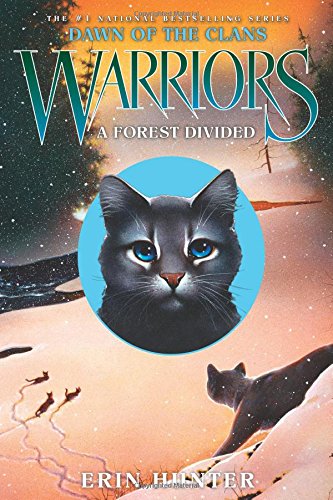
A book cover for Warriors: Dawn of the Clans #5: A Forest Divided; Erin Hunter; Children's Books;